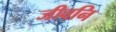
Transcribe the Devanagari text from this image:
जीवनि